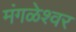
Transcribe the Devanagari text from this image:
मंगळेश्वर